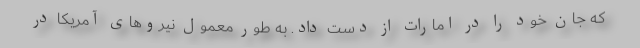
که جان خود را در امارات از دست داد. به طور معمول نیروهای آمریکا در